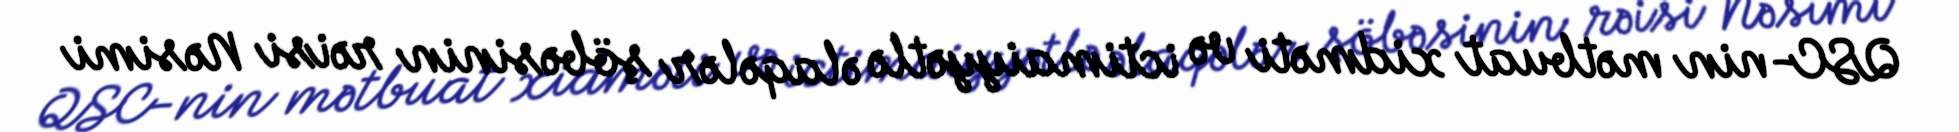
QSC-nin mətbuat xidməti və ictimaiyyətlə əlaqələr şöbəsinin rəisi Nəsimi